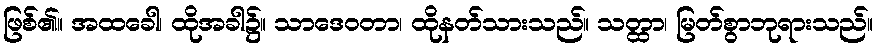
ဖြစ်၏။ အထခေါ၊ ထိုအခါ၌။ သာဒေဝတာ၊ ထိုနတ်သားသည်။ သတ္ထာ၊ မြတ်စွာဘုရားသည်။